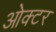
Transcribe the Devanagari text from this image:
ओक्टर